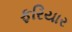
ફરિયાર